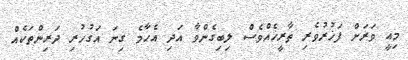
މިއީ ވަރަށް ފަޚުރުވެރި ތާރީޚެއްވެސް ލިބިގެންވާ އަދި އެހާމެ ގިނަ އަގުހުރި ދަރިންތަކެއް